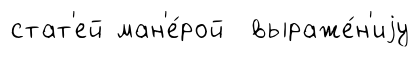
стат'ей ман'е́рой выраже́н'иjу